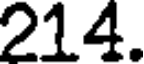
214.